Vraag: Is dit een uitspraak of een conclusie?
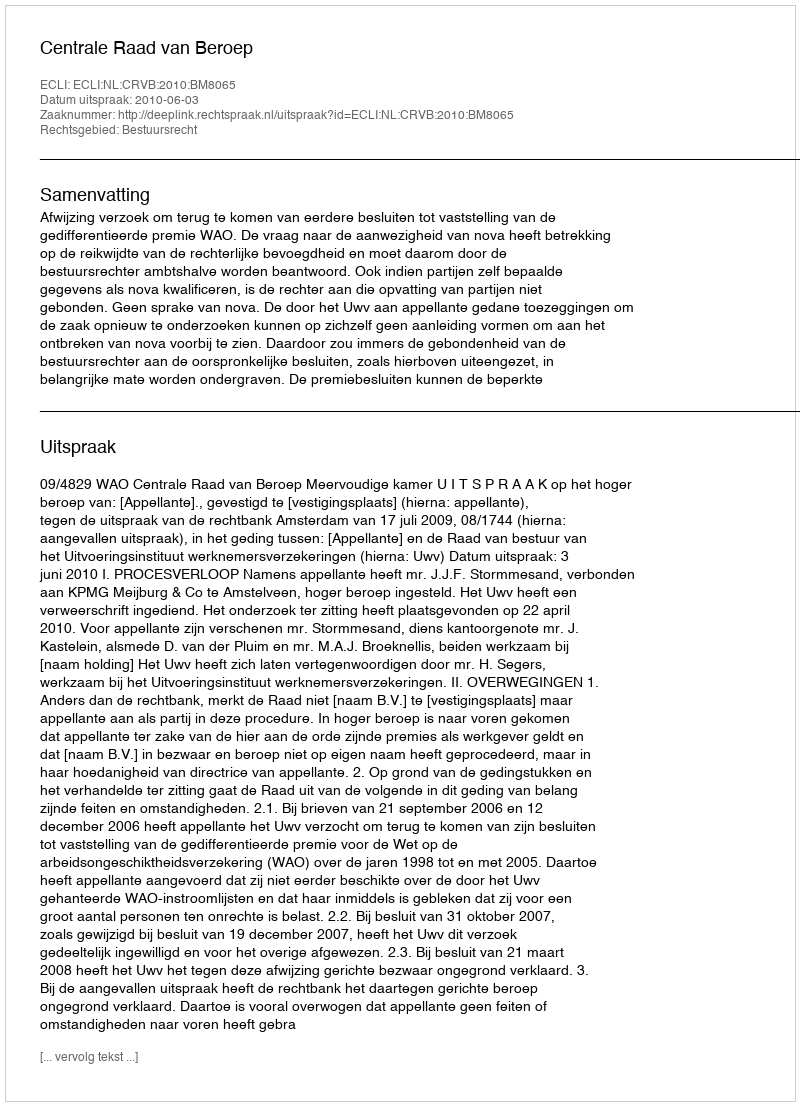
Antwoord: Uitspraak